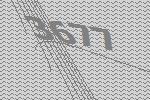
3677